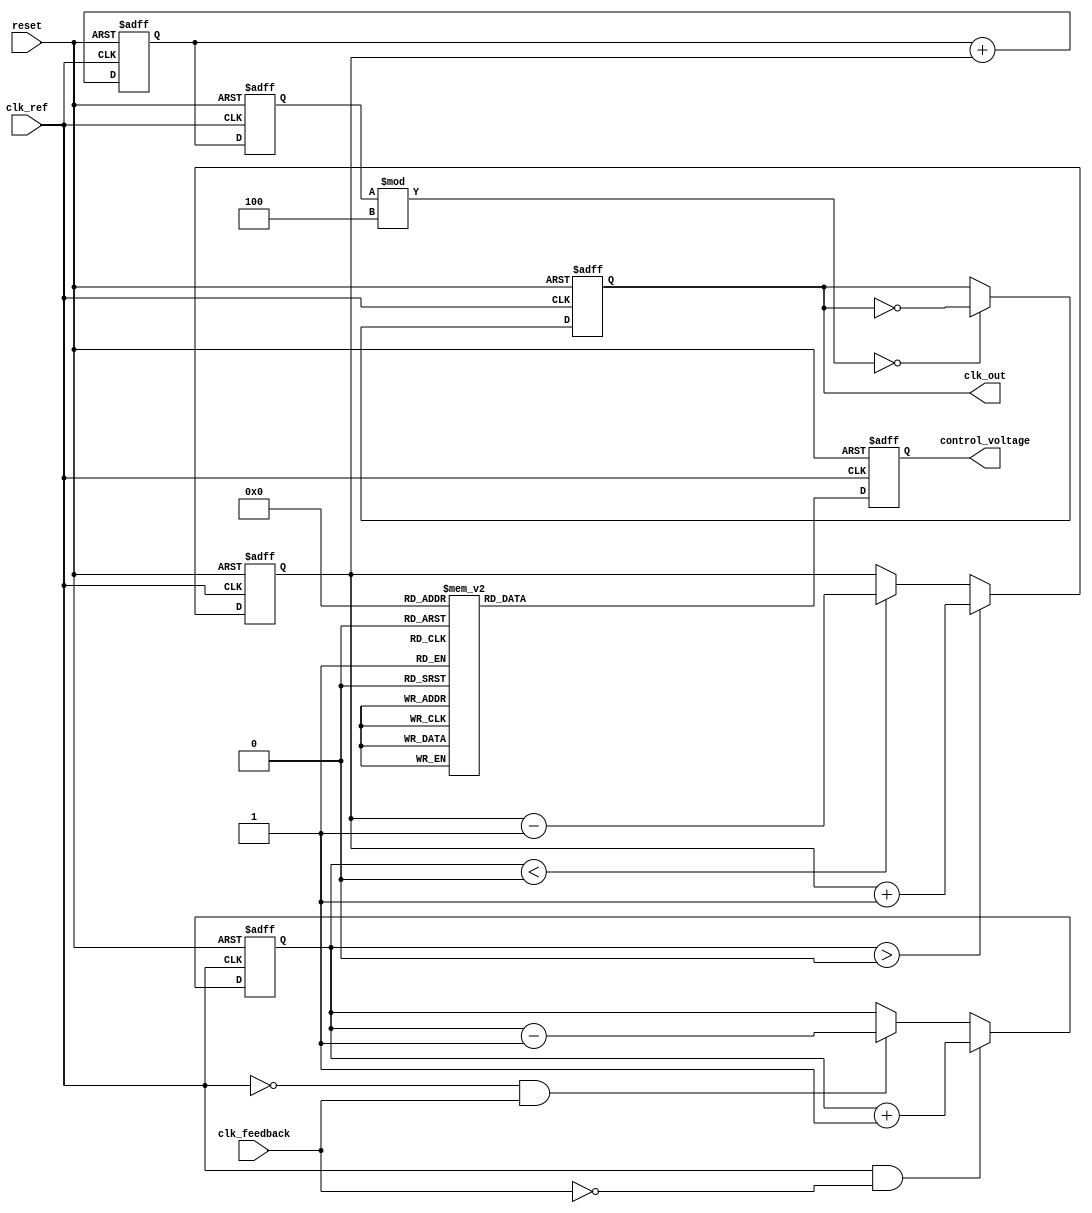
module MemoryBlocksAnalogPLL (
    input wire clk_ref,           // Reference clock input
    input wire clk_feedback,      // Feedback clock input from VCO
    input wire reset,             // Reset signal
    output reg clk_out,           // Output clock
    output reg [7:0] control_voltage // Control voltage for VCO (for simulation)
);

// Parameters
parameter DIV_RATIO = 4; // Frequency divider ratio

// Internal signals
reg [7:0] phase_error;      // Phase error signal
reg [7:0] current_out;      // Charge pump output current
reg [7:0] loop_filter_out;  // Loop filter output
reg [7:0] vco_freq;         // VCO frequency control
reg [7:0] memory_block [0:15]; // Memory blocks for calibration data

// Phase Detector (PD)
always @(posedge clk_ref or posedge reset) begin
    if (reset) begin
        phase_error <= 8'b0;
    end else begin
        // Simple phase comparison logic (for simulation)
        if (clk_ref && !clk_feedback) begin
            phase_error <= phase_error + 1; // Increment phase error
        end else if (!clk_ref && clk_feedback) begin
            phase_error <= phase_error - 1; // Decrement phase error
        end
    end
end

// Charge Pump (CP)
always @(posedge clk_ref or posedge reset) begin
    if (reset) begin
        current_out <= 8'b0;
    end else begin
        // Charge pump logic based on phase error
        if (phase_error > 8'b0) begin
            current_out <= current_out + 1; // Positive current pulse
        end else if (phase_error < 8'b0) begin
            current_out <= current_out - 1; // Negative current pulse
        end
    end
end

// Loop Filter (Simple Integrator)
always @(posedge clk_ref or posedge reset) begin
    if (reset) begin
        loop_filter_out <= 8'b0;
    end else begin
        loop_filter_out <= loop_filter_out + current_out; // Simple integration
    end
end

// Voltage-Controlled Oscillator (VCO)
always @(posedge clk_ref or posedge reset) begin
    if (reset) begin
        vco_freq <= 8'b0;
        clk_out <= 1'b0;
    end else begin
        vco_freq <= loop_filter_out; // Control frequency based on loop filter output
        // Generate output clock based on VCO frequency
        clk_out <= (vco_freq % DIV_RATIO == 0) ? ~clk_out : clk_out; // Simple clock generation
    end
end

// Frequency Divider
reg [1:0] divider_count; // Simple counter for frequency division
always @(posedge clk_out or posedge reset) begin
    if (reset) begin
        divider_count <= 2'b0;
    end else begin
        divider_count <= divider_count + 1;
        if (divider_count == DIV_RATIO - 1) begin
            divider_count <= 2'b0; // Reset counter
        end
    end
end

// Control Logic (Initialization and Calibration)
always @(posedge clk_ref or posedge reset) begin
    if (reset) begin
        control_voltage <= 8'b0; // Reset control voltage
    end else begin
        // Example of using memory blocks for calibration
        control_voltage <= memory_block[0]; // Load calibration data
    end
end

endmodule